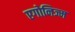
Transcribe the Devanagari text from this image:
एगोनिज्म